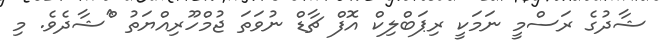
ޝާދުގެ ރަސްމީ ނަމަކީ ރިޕަބްލިކް އޮފް ޗާޑް ނުވަތަ ޖުމްހޫރިއްޔަތު ^ްޝާދެވެ. މި